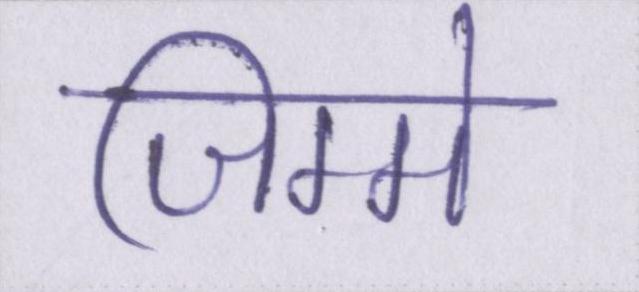
जिम्मे